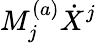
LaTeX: M_{j}^{(a)}\dot{X}^{j}